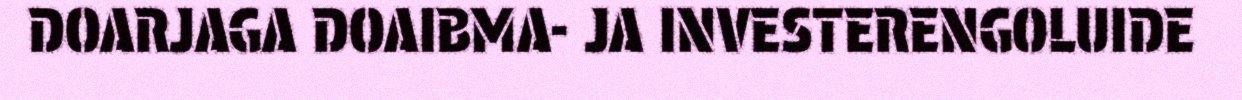
DOARJAGA DOAIBMA- JA INVESTERENGOLUIDE